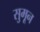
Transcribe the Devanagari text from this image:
सुमून